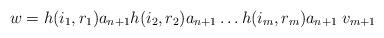
LaTeX: \begin{align*}w = h(i_1, r_1) a_{n+1} h(i_2, r_2) a_{n+1} \dots h(i_m, r_m) a_{n+1} \; v_{m+1} \end{align*}